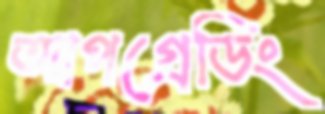
আপগ্রেডিং